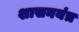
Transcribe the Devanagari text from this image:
शासनयंत्र